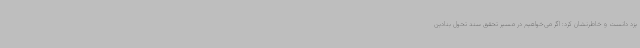
یزد دانست و خاطرنشان کرد: اگر می‌خواهیم در مسیر تحقق سند تحول بنادین